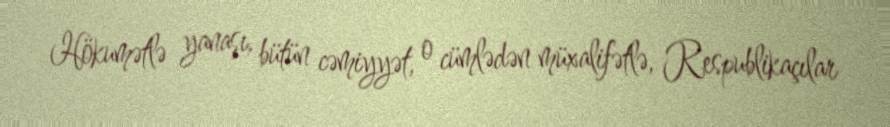
Hökumətlə yanaşı, bütün cəmiyyət, o cümlədən müxalifətlə, Respublikaçılar